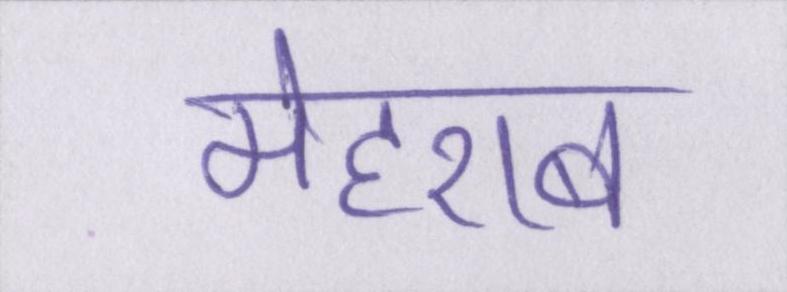
मेहराब